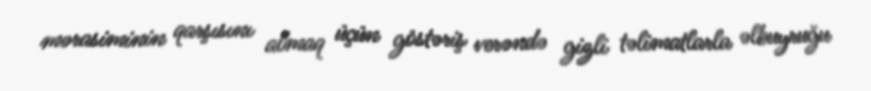
mərasiminin qarşısını almaq üçün göstəriş verəndə gizli təlimatlarla əlbuyruğu